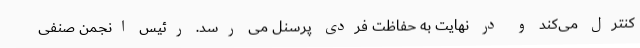
کنترل می‌کند و در نهایت به حفاظت فردی پرسنل می رسد. رئیس انجمن صنفی